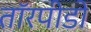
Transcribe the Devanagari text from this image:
तॉरपीडो